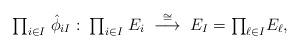
LaTeX: \begin{align*}{\textstyle \prod_{i\in I}} \;\Hat\phi_{iI}: \; {\textstyle \prod_{i\in I}} \; E_i \;\stackrel{\cong}\longrightarrow \; E_I = {\textstyle \prod_{\ell\in I}} E_\ell ,\end{align*}